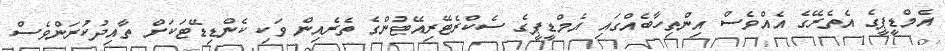
އެމްޑީޕީގެ އެތެރޭގެ އެއްވެސް އިންތިހާބެއްގައި އެމްޑީޕީގެ ސެކްރެޓޭރިއޭޓުންގެ ތެރެއިން ވަކި ކެންޑިޑޭޓަކަށް ތާއިދުކުރަންވެސް